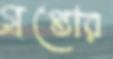
গ্রপ্তোর